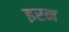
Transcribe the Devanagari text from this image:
इरन